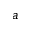
a